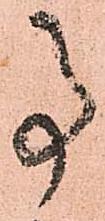
事